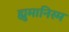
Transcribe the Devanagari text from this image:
ह्युमानिस्म